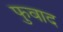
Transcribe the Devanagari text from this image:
फुवाद